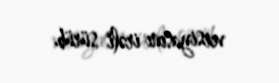
versiyasını irəli sürüb.